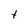
Character: t